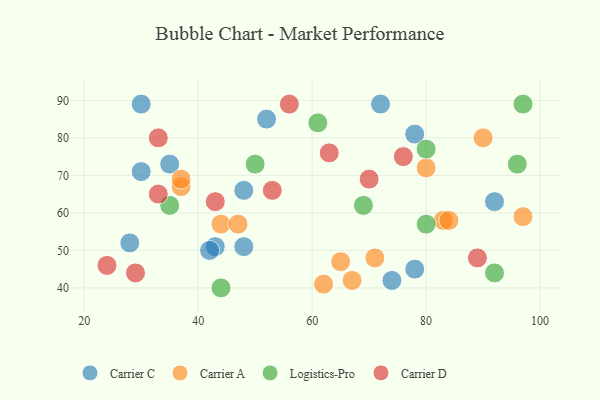
{"axis": {"x": "GDP", "y": "Life Expectancy"}, "legend": ["Carrier A", "Carrier C", "Carrier D", "Logistics-Pro"], "data": [{"x": "74", "y": 42, "type": "Carrier C"}, {"x": "72", "y": 89, "type": "Carrier C"}, {"x": "43", "y": 51, "type": "Carrier C"}, {"x": "42", "y": 50, "type": "Carrier C"}, {"x": "30", "y": 71, "type": "Carrier C"}, {"x": "78", "y": 81, "type": "Carrier C"}, {"x": "35", "y": 73, "type": "Carrier C"}, {"x": "48", "y": 66, "type": "Carrier C"}, {"x": "52", "y": 85, "type": "Carrier C"}, {"x": "78", "y": 45, "type": "Carrier C"}, {"x": "30", "y": 89, "type": "Carrier C"}, {"x": "48", "y": 51, "type": "Carrier C"}, {"x": "28", "y": 52, "type": "Carrier C"}, {"x": "92", "y": 63, "type": "Carrier C"}, {"x": "37", "y": 67, "type": "Carrier A"}, {"x": "44", "y": 57, "type": "Carrier A"}, {"x": "67", "y": 42, "type": "Carrier A"}, {"x": "90", "y": 80, "type": "Carrier A"}, {"x": "71", "y": 48, "type": "Carrier A"}, {"x": "62", "y": 41, "type": "Carrier A"}, {"x": "47", "y": 57, "type": "Carrier A"}, {"x": "37", "y": 69, "type": "Carrier A"}, {"x": "80", "y": 72, "type": "Carrier A"}, {"x": "65", "y": 47, "type": "Carrier A"}, {"x": "83", "y": 58, "type": "Carrier A"}, {"x": "97", "y": 59, "type": "Carrier A"}, {"x": "84", "y": 58, "type": "Carrier A"}, {"x": "92", "y": 44, "type": "Logistics-Pro"}, {"x": "35", "y": 62, "type": "Logistics-Pro"}, {"x": "80", "y": 77, "type": "Logistics-Pro"}, {"x": "96", "y": 73, "type": "Logistics-Pro"}, {"x": "61", "y": 84, "type": "Logistics-Pro"}, {"x": "50", "y": 73, "type": "Logistics-Pro"}, {"x": "97", "y": 89, "type": "Logistics-Pro"}, {"x": "69", "y": 62, "type": "Logistics-Pro"}, {"x": "80", "y": 57, "type": "Logistics-Pro"}, {"x": "44", "y": 40, "type": "Logistics-Pro"}, {"x": "33", "y": 65, "type": "Carrier D"}, {"x": "43", "y": 63, "type": "Carrier D"}, {"x": "56", "y": 89, "type": "Carrier D"}, {"x": "53", "y": 66, "type": "Carrier D"}, {"x": "70", "y": 69, "type": "Carrier D"}, {"x": "63", "y": 76, "type": "Carrier D"}, {"x": "29", "y": 44, "type": "Carrier D"}, {"x": "33", "y": 80, "type": "Carrier D"}, {"x": "89", "y": 48, "type": "Carrier D"}, {"x": "76", "y": 75, "type": "Carrier D"}, {"x": "24", "y": 46, "type": "Carrier D"}]}